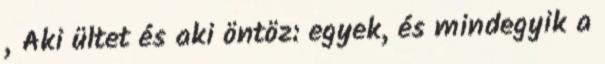
„Aki ültet és aki öntöz: egyek, és mindegyik a